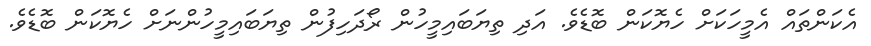
އެކަންތައް އެމީހަކަށް ހެޔޮކަން ބޮޑެވެ. އަދި ތިޔަބައިމީހުން ރޯދަހިފުން ތިޔަބައިމީހުންނަށް ހެޔޮކަން ބޮޑެވެ.